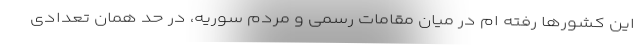
این کشورها رفته ام در میان مقامات رسمی و مردم سوریه، در حد همان تعدادی